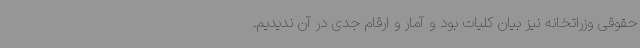
حقوقی وزراتخانه نیز بیان کلیات بود و آمار و ارقام جدی در آن ندیدیم.